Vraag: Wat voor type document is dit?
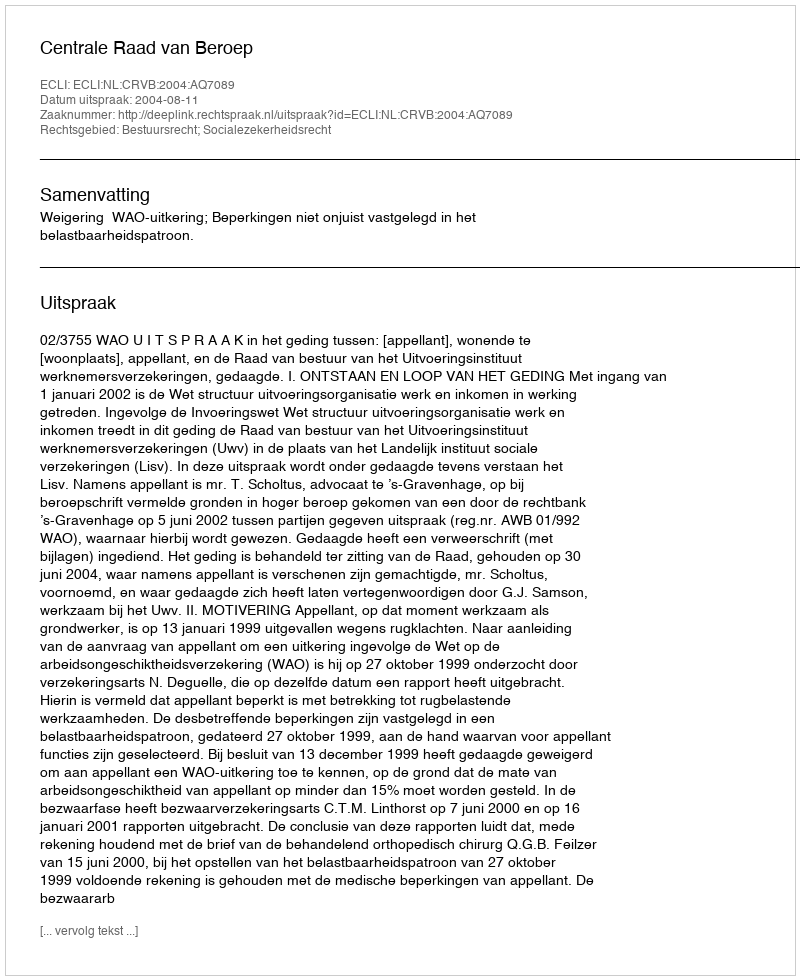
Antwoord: Uitspraak